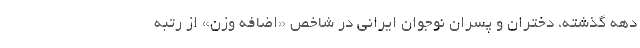
دهه گذشته، دختران و پسران نوجوان ایرانی در شاخص «اضافه وزن» از رتبه